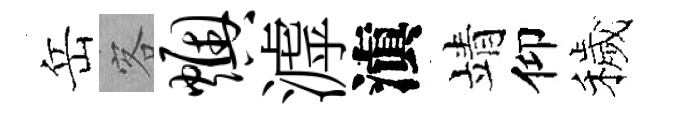
岳客燠滹滇靖仰穢